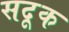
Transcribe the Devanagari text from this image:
सदूक